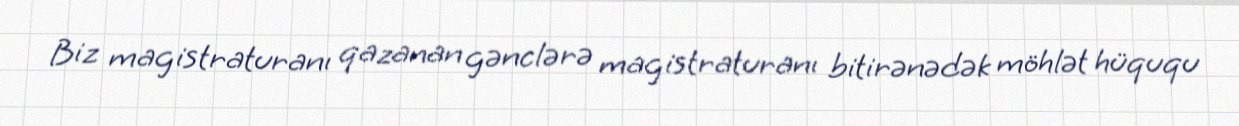
Biz magistraturanı qazanan gənclərə magistraturanı bitirənədək möhlət hüququ